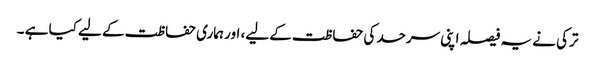
ترکی نے یہ فیصلہ اپنی سرحد کی حفاظت کے لیے، اور ہماری حفاظت کے لیے کیا ہے ۔